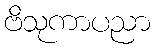
ဗိသုကာပညာ